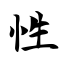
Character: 性